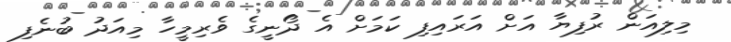
މިލިއަން ރުފިޔާ އަށް އަރައިފި ކަމަށް އެ ދޯނީގެ ވެރިމީހާ މިއަދު ބުނެފި